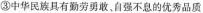
③中华民族具有勤劳勇敢，自强不息的优秀品质